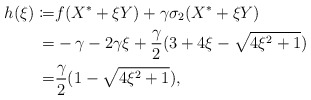
\begin{align*}h(\xi)\coloneqq &f(X^*+\xi Y)+\gamma\sigma_2(X^*+\xi Y)\\= &-\gamma-2\gamma\xi+\frac{\gamma}{2}(3+4\xi-\sqrt{4\xi^2+1})\\= &\frac{\gamma}{2}(1-\sqrt{4\xi^2+1}),\end{align*}